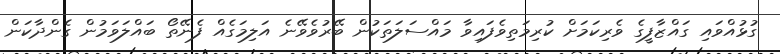
ގުޅުއްވައި ގައްޒާފީގެ ވެރިކަމަށް ކުރިމަތިވެފައިވާ މައްސަލަތަކުން ބޭރުވެވޭނެ އަލިމަގެއް ފެނޭތޯ ބައްލަވަމުން ގެންދާކަން